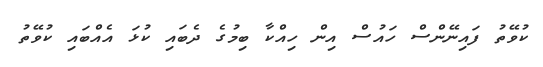
ކުވޭތު ފައިނޭންސް ހައުސް އިން ހިއްކާ ބިމުގެ ދެބައި ކުޅަ އެއްބައި ކުވޭތު